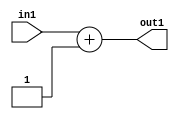
`timescale 1ps / 1ps
/*****************************************************************************
    Verilog RTL Description
    
    
    Created by: CellMath Designer 2019.1.01 
*******************************************************************************/

module DFT_compute_Add_4U_9_4 (
	in1,
	out1
	); /* architecture "behavioural" */ 
input [2:0] in1;
output [3:0] out1;
wire [3:0] asc001;

assign asc001 = 
	+(in1)
	+(4'B0001);

assign out1 = asc001;
endmodule

/* CADENCE  urjwQgE= : u9/ySgnWtBlWxVPRXgAZ4Og= ** DO NOT EDIT THIS LINE ******/